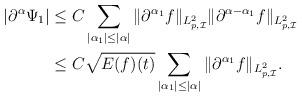
LaTeX: \begin{align*}|\partial^\alpha \Psi_1|&\le C\sum_{|{\alpha_1}|\le|\alpha|}\|\partial^{\alpha_1} f\|_{L^2_{p,\mathcal{I}}}\|\partial^{\alpha-{\alpha_1}} f\|_{L^2_{p,\mathcal{I}}}\cr&\le C\sqrt{E(f)(t)}\sum_{|{\alpha_1}|\le |\alpha|}\|\partial^{\alpha_1} f\|_{L^2_{p,\mathcal{I}}}. \end{align*}